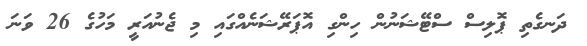
ދަނގެތި ޕޮލިސް ސްޓޭޝަނުން ހިންގި އޮޕަރޭޝަނެއްގައި މި ޖެނުއަރީ މަހުގެ 26 ވަނަ